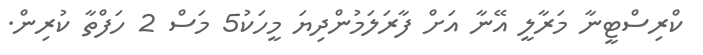
ކްރިސްޓީނާ މަރާލީ އޭނާ އަށް ފާރަލަމުންދިޔަ މީހަކު5 މަސް 2 ހަފްތާ ކުރިން.